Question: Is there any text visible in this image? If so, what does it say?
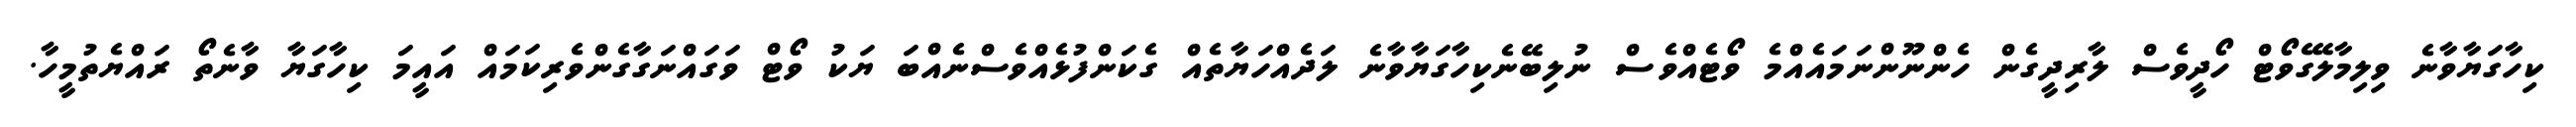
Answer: ކިހާގަޔާވާނެ ވިލިމާލޭގެވޯޓް ހޯދީވެސް ލާރިދީގެން ހެންނޫންނަމައެއްމެ ވޯޓެއްވެސް ނުލިބޭނެކިހާގަޔާވާނެ ލަދެއްހަޔާތެއް ގެކަންފުޅެއްވެސްނެއްބަ ޔަކު ވޯޓް ވަގައްނަގާގެންވެރިކަމައް އައީމަ ކިހާގަޔާ ވާނެތޯ ރައްޔެތުމީހާ.